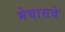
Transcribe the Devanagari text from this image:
मेघासवे